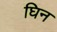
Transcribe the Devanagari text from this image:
घिन